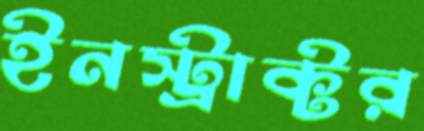
ইনস্ট্রাক্টর